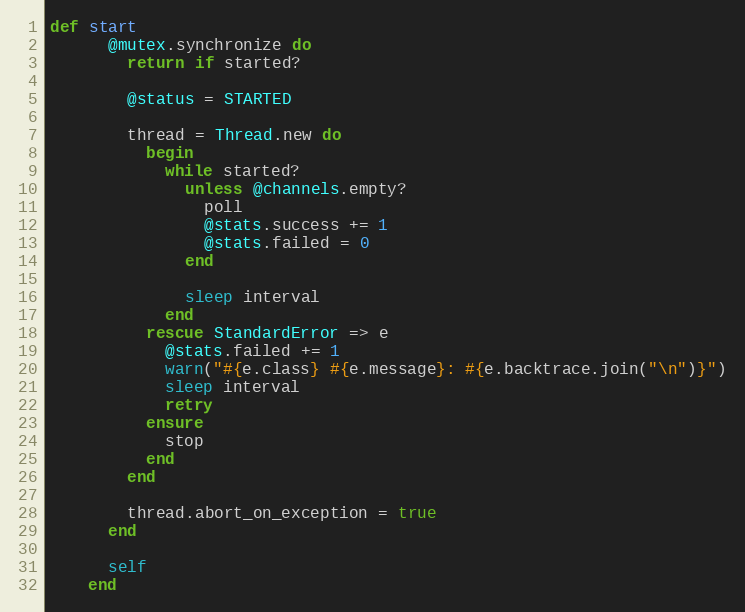
Language: Ruby
def start
      @mutex.synchronize do
        return if started?

        @status = STARTED

        thread = Thread.new do
          begin
            while started?
              unless @channels.empty?
                poll
                @stats.success += 1
                @stats.failed = 0
              end

              sleep interval
            end
          rescue StandardError => e
            @stats.failed += 1
            warn("#{e.class} #{e.message}: #{e.backtrace.join("\n")}")
            sleep interval
            retry
          ensure
            stop
          end
        end

        thread.abort_on_exception = true
      end

      self
    end